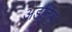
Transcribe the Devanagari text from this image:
अंडलिंग